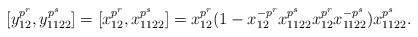
LaTeX: \begin{align*}[y^{p^r}_{12}, y^{p^s}_{1122}]=[x^{p^r}_{12}, x^{p^s}_{1122}]=x^{p^r}_{12}(1- x^{-p^r}_{12}x^{p^s}_{1122}x^{p^r}_{12}x^{-p^s}_{1122})x^{p^s}_{1122}.\end{align*}